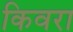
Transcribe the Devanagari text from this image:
किवरा